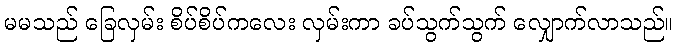
မမသည် ခြေလှမ်း စိပ်စိပ်ကလေး လှမ်းကာ ခပ်သွက်သွက် လျှောက်လာသည်။